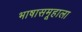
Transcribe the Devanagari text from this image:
भाषासमूहाला